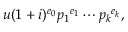
u ( 1 + i ) ^ { e _ { 0 } } { p _ { 1 } } ^ { e _ { 1 } } \cdots { p _ { k } } ^ { e _ { k } } ,